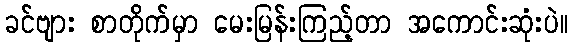
ခင်ဗျား စာတိုက်မှာ မေးမြန်းကြည့်တာ အကောင်းဆုံးပဲ။